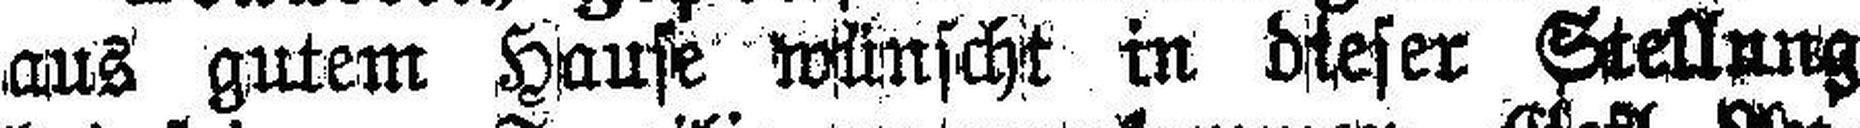
aus gutem Hause wünscht in dieser Stellung